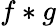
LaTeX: f*g